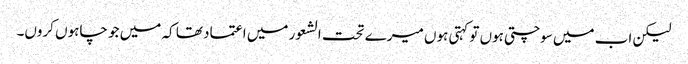
لیکن اب میں سوچتی ہوں تو کہتی ہوں میرے تحت الشعور میں اعتماد تھا کہ میں جو چاہوں کروں۔